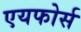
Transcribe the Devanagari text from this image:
एयफोर्स